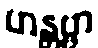
ဟန္တဗ္ဗာ